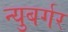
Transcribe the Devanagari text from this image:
न्युबर्गर